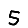
Digit: 5